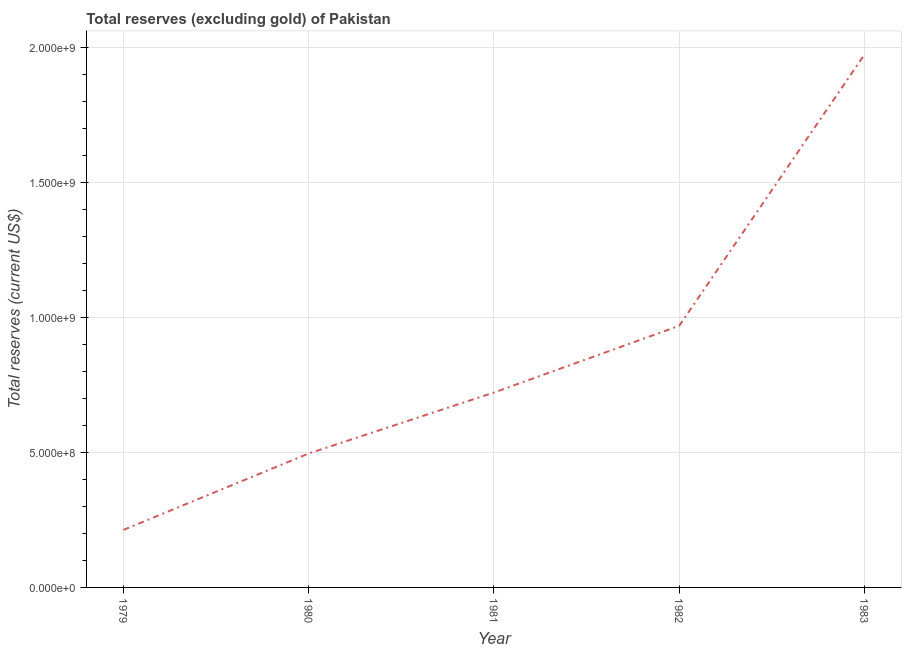
| Year | Total reserves minus gold (current US$) |
 | --- | --- |
 | 1979 | 2.13e+08 |
 | 1980 | 4.96e+08 |
 | 1981 | 7.21e+08 |
 | 1982 | 9.69e+08 |
 | 1983 | 1.97e+09 |